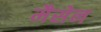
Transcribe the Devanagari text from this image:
मैसेन